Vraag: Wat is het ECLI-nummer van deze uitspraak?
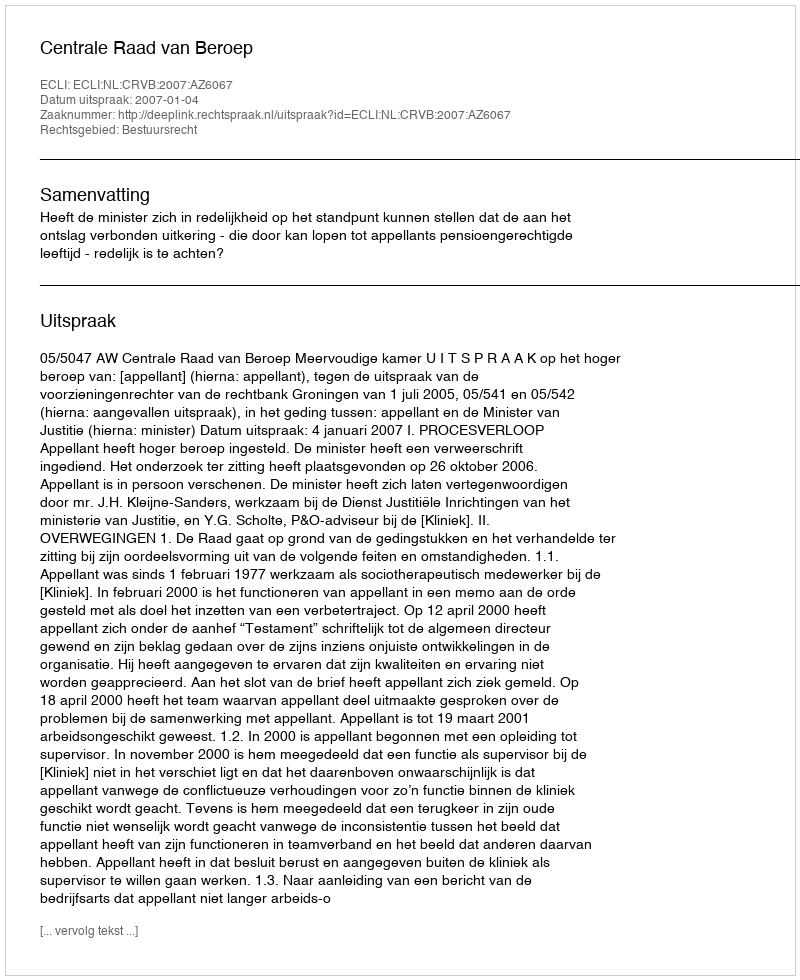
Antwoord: ECLI:NL:CRVB:2007:AZ6067